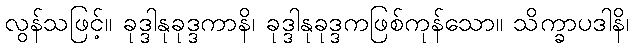
လွန်သဖြင့်။ ခုဒ္ဒါနုခုဒ္ဒကာနိ၊ ခုဒ္ဒါနုခုဒ္ဒကဖြစ်ကုန်သော။ သိက္ခာပဒါနိ၊